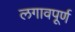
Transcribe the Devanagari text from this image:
लगावपूर्ण